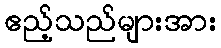
ဧည့်သည်များအား